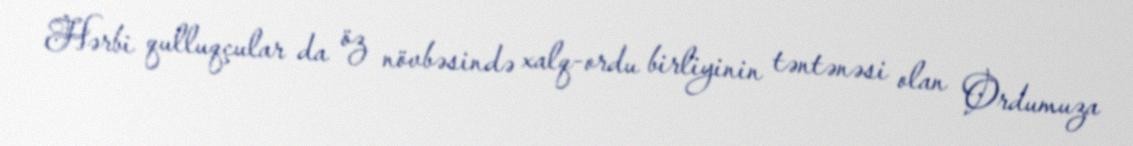
Hərbi qulluqçular da öz növbəsində xalq-ordu birliyinin təntənəsi olan Ordumuza